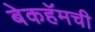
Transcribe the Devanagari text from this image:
बेकहॅमची